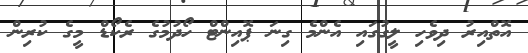
އޮތްއިރު ދިވެހި ލީގުގައި އެންމެ ގިނަ ޕޮއިންޓް ހޯދުމުގެ ރެކޯޑް މީގެ ކުރިން